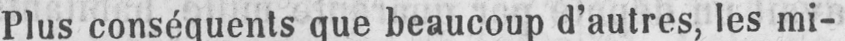
Plus conséquents que beaucoup d’autres, les mi-